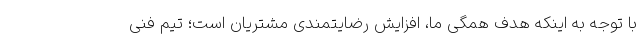
با توجه به اینکه هدف همگی ما، افزایش رضایتمندی مشتریان است؛ تیم فنی